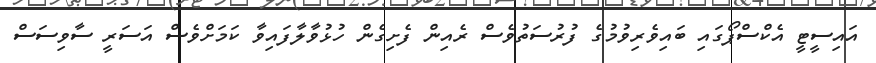
އައިސީޓީ އެކްސްޕޯގައި ބައިވެރިވުމުގެ ފުރުސަތުވެސް ރެއިން ފެށިގެން ހުޅުވާލާފައިވާ ކަމަށްވެސް އަސަރީ ސާވިސަސް